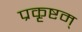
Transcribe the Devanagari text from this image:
प्रकृष्टम्